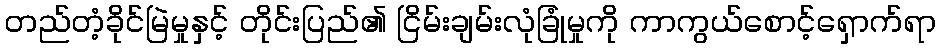
တည်တံ့ခိုင်မြဲမှုနှင့် တိုင်းပြည်၏ ငြိမ်းချမ်းလုံခြုံမှုကို ကာကွယ်စောင့်ရှောက်ရာ